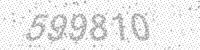
Solution: 599810